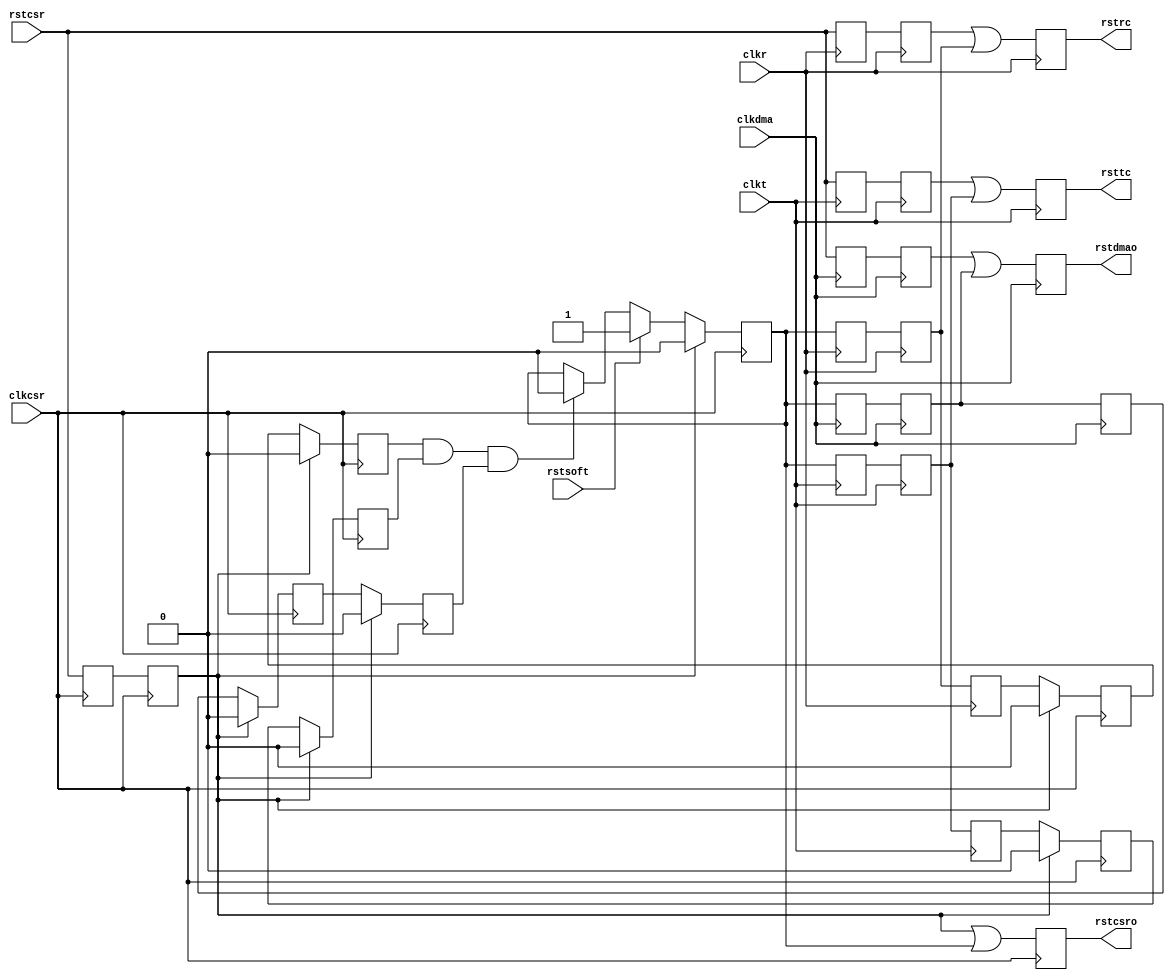
/*------------------------------------------------------------------------------
--------------------------------------------------------------------------------
Copyright (c) 2016, Loongson Technology Corporation Limited.

All rights reserved.

Redistribution and use in source and binary forms, with or without modification,
are permitted provided that the following conditions are met:

1. Redistributions of source code must retain the above copyright notice, this 
list of conditions and the following disclaimer.

2. Redistributions in binary form must reproduce the above copyright notice, 
this list of conditions and the following disclaimer in the documentation and/or
other materials provided with the distribution.

3. Neither the name of Loongson Technology Corporation Limited nor the names of 
its contributors may be used to endorse or promote products derived from this 
software without specific prior written permission.

THIS SOFTWARE IS PROVIDED BY THE COPYRIGHT HOLDERS AND CONTRIBUTORS "AS IS" AND 
ANY EXPRESS OR IMPLIED WARRANTIES, INCLUDING, BUT NOT LIMITED TO, THE IMPLIED 
WARRANTIES OF MERCHANTABILITY AND FITNESS FOR A PARTICULAR PURPOSE ARE 
DISCLAIMED. IN NO EVENT SHALL LOONGSON TECHNOLOGY CORPORATION LIMITED BE LIABLE
TO ANY PARTY FOR DIRECT, INDIRECT, INCIDENTAL, SPECIAL, EXEMPLARY, OR 
CONSEQUENTIAL DAMAGES (INCLUDING, BUT NOT LIMITED TO, PROCUREMENT OF SUBSTITUTE 
GOODS OR SERVICES; LOSS OF USE, DATA, OR PROFITS; OR BUSINESS INTERRUPTION) 
HOWEVER CAUSED AND ON ANY THEORY OF LIABILITY, WHETHER IN CONTRACT, STRICT 
LIABILITY, OR TORT (INCLUDING NEGLIGENCE OR OTHERWISE) ARISING IN ANY WAY OUT OF
THE USE OF THIS SOFTWARE, EVEN IF ADVISED OF THE POSSIBILITY OF SUCH DAMAGE.
--------------------------------------------------------------------------------
------------------------------------------------------------------------------*/

module RSTC (
  clkdma,
  clkcsr,
  clkt,
  clkr,
  rstcsr,
  rstsoft,
  rsttc,
  rstrc,
  rstdmao,
  rstcsro
  );

  input     clkdma; 
  input     clkcsr; 
  input     clkt; 
  input     clkr; 
  
  input     rstcsr; 
  input     rstsoft; 
  output    rsttc; 
  reg       rsttc;
  output    rstrc; 
  reg       rstrc;
  output    rstdmao; 
  reg       rstdmao;
  output    rstcsro; 
  reg       rstcsro;


  reg       rstsoft_rc1; 
  reg       rstsoft_rc2; 
  reg       rstsoft_rc3; 
  reg       rstsoft_tc1; 
  reg       rstsoft_tc2; 
  reg       rstsoft_tc3; 
  reg       rstsoft_dma1; 
  reg       rstsoft_dma2; 
  reg       rstsoft_dma3; 
  reg       rstsoft_csr; 
  reg       rstsoft_dma_csr1;
  reg       rstsoft_dma_csr2;
  reg       rstsoft_rc_csr1;
  reg       rstsoft_rc_csr2;
  reg       rstsoft_tc_csr1;
  reg       rstsoft_tc_csr2;
  reg       rstcsr_r1;
  reg       rstcsr_r2;
  reg       rstcsr_tc1;
  reg       rstcsr_tc2;
  reg       rstcsr_rc1;
  reg       rstcsr_rc2;
  reg       rstcsr_dma1;
  reg       rstcsr_dma2;

  
  always @(posedge clkcsr)
  begin : rstsoft_csr_reg_proc
    if (rstcsr_r2)
    begin
      rstsoft_csr      <= 1'b0 ; 
      rstsoft_dma_csr1 <= 1'b0 ;
      rstsoft_dma_csr2 <= 1'b0 ;
      rstsoft_tc_csr1  <= 1'b0 ;
      rstsoft_tc_csr2  <= 1'b0 ;
      rstsoft_rc_csr1  <= 1'b0 ;
      rstsoft_rc_csr2  <= 1'b0 ;
    end
    else
    begin
      if (rstsoft)
      begin
        rstsoft_csr <= 1'b1 ; 
      end
      else if (rstsoft_rc_csr2 & rstsoft_tc_csr2 & rstsoft_dma_csr2)
      begin
        rstsoft_csr    <= 1'b0 ;
      end 
      rstsoft_dma_csr1 <= rstsoft_dma3;
      rstsoft_dma_csr2 <= rstsoft_dma_csr1;
      rstsoft_tc_csr1  <= rstsoft_tc3;
      rstsoft_tc_csr2  <= rstsoft_tc_csr1;
      rstsoft_rc_csr1  <= rstsoft_rc3;
      rstsoft_rc_csr2  <= rstsoft_rc_csr1;	
    end  
  end 

  always @(posedge clkcsr)
  begin : rstcsro_reg_proc
    rstcsr_r1 <= rstcsr;
    rstcsr_r2 <= rstcsr_r1;
    rstcsro   <= rstcsr_r2 | rstsoft_csr;
  end 

  always @(posedge clkr)
  begin : rstrc_reg_proc
      rstcsr_rc1  <= rstcsr;
      rstcsr_rc2  <= rstcsr_rc1;
      rstsoft_rc1 <= rstsoft_csr;
      rstsoft_rc2 <= rstsoft_rc1;
      rstsoft_rc3 <= rstsoft_rc2;
      rstrc       <= rstcsr_rc2 | rstsoft_rc2;
  end 

  always @(posedge clkt)
  begin : rsttc_proc
    rstcsr_tc1  <= rstcsr;
    rstcsr_tc2  <= rstcsr_tc1;
    rstsoft_tc1 <= rstsoft_csr;
    rstsoft_tc2 <= rstsoft_tc1;
    rstsoft_tc3 <= rstsoft_tc2;
    rsttc       <= rstcsr_tc2 | rstsoft_tc2;
  end 

  always @(posedge clkdma)
  begin : rstdma_reg_proc
    rstcsr_dma1  <= rstcsr;
    rstcsr_dma2  <= rstcsr_dma1;
    rstsoft_dma1 <= rstsoft_csr;
    rstsoft_dma2 <= rstsoft_dma1;
    rstsoft_dma3 <= rstsoft_dma2;
    rstdmao <= rstcsr_dma2 | rstsoft_dma2;
  end 

endmodule